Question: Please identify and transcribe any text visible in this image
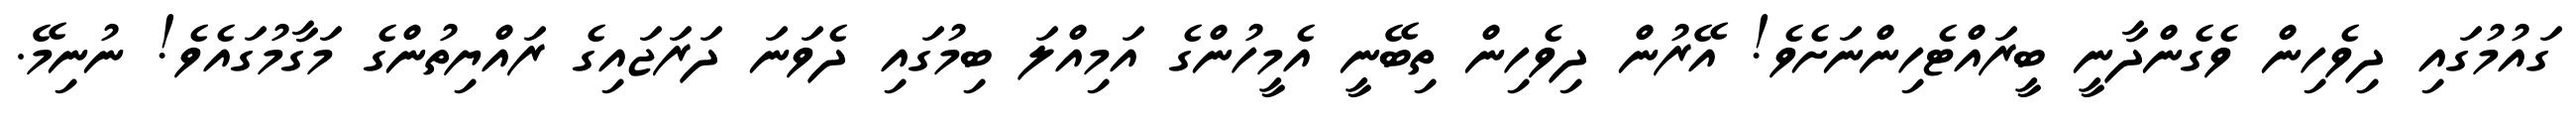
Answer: ގައުމުގައި ދިވެހިން ވެގެންދާނީ ބީރައްޓެހިންނަށެވެ! އޭރުން ދިވެހިން ތިބޭނީ އެމީހުންގެ އަމިއްލަ ބިމުގައި ދެވަނަ ދަރަޖައިގެ ރައްޔިތުންގެ މަގާމުގައެވެ! ނުނިމޭ.